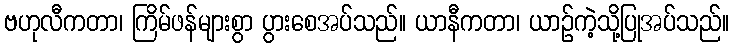
ဗဟုလီကတာ၊ ကြိမ်ဖန်များစွာ ပွားစေအပ်သည်။ ယာနီကတာ၊ ယာဉ်ကဲ့သို့ပြုအပ်သည်။